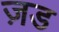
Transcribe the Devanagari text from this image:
ज़ड